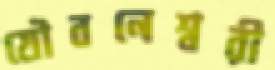
যৌবনেশ্বরী